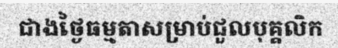
ជាងថ្ងៃធម្មតាសម្រាប់ជួលបុគ្គលិក